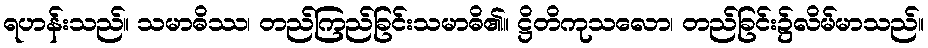
ရဟန်းသည်။ သမာဓိဿ၊ တည်ကြည်ခြင်းသမာဓိ၏။ ဋ္ဌိတိကုသလော၊ တည်ခြင်း၌လိမ်မာသည်။